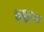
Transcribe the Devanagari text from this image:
समुद्रांच्या